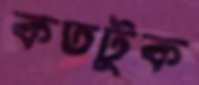
কতটুক